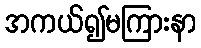
အကယ်၍မကြားနာ